Indian journal of veterinary science and animal husbandry - Volumes 18-21, 1948-1951
Year: 1948
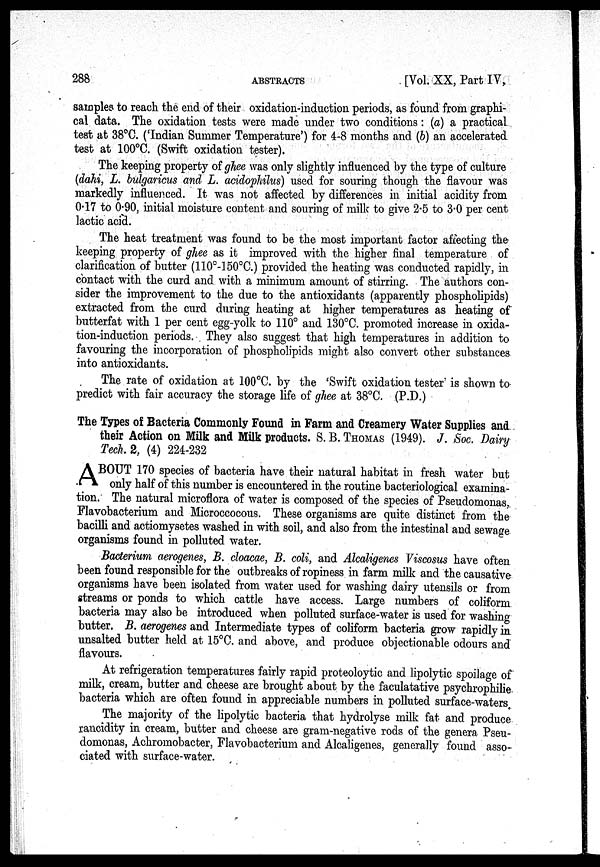
288
ABSTRACTS
[Vol. XX, Part IV,
samples to reach the end of their oxidation-induction periods, as found from graphi-
cal data. The oxidation tests were made under two conditions: (a) a practical
test at 38ºC. ('Indian Summer Temperature') for 4-8 months and (b) an accelerated
test at 100ºC. (Swift oxidation tester).
The keeping property of ghee was only slightly influenced by the type of culture
(dahi, L. bulgaricus and L. acidophilus) used for souring though the flavour was
markedly influenced. It was not affected by differences in initial acidity from
0.17 to 0.90, initial moisture content and souring of milk to give 2.5 to 3.0 per cent
lactic acid.
The heat treatment was found to be the most important factor affecting the
keeping property of ghee as it improved with the higher final temperature of
clarification of butter (110º-150ºC.) provided the heating was conducted rapidly, in
contact with the curd and with a minimum amount of stirring. The authors con-
sider the improvement to the due to the antioxidants (apparently phospholipids)
extracted from the curd during heating at higher temperatures as heating of
butterfat with 1 per cent egg-yolk to 110º and 130ºC. promoted increase in oxida-
tion-induction periods. They also suggest that high temperatures in addition to
favouring the incorporation of phospholipids might also convert other substances
into antioxidants.
The rate of oxidation at 100ºC. by the 'Swift oxidation tester' is shown to
predict with fair accuracy the storage life of ghee at 38ºC. (P.D.)
The Types of Bacteria Commonly Found in Farm and Creamery Water Supplies and
their Action on Milk and Milk products. S. B. THOMAS (1949). J. Soc. Dairy
Tech. 2, (4) 224-232
A BOUT 170 species of bacteria have their natural habitat in fresh water but
only half of this number is encountered in the routine bacteriological examina-
tion. The natural microflora of water is composed of the species of Pseudomonas,
Flavobacterium and Microccocous. These organisms are quite distinct from the
bacilli and actiomysetes washed in with soil, and also from the intestinal and sewage
organisms found in polluted water.
Bacterium aerogenes, B. cloacae, B. coli, and Alcaligenes Viscosus have often
been found responsible for the outbreaks of ropiness in farm milk and the causative
organisms have been isolated from water used for washing dairy utensils or from
streams or ponds to which cattle have access. Large numbers of coliform
bacteria may also be introduced when polluted surface-water is used for washing
butter. B. aerogenes and Intermediate types of coliform bacteria grow rapidly in
unsalted butter held at 15ºC. and above, and produce objectionable odours and
flavours.
At refrigeration temperatures fairly rapid proteoloytic and lipolytic spoilage of
milk, cream, butter and cheese are brought about by the faculatative psychrophilie
bacteria which are often found in appreciable numbers in polluted surface-waters.
The majority of the lipolytic bacteria that hydrolyse milk fat and produce
rancidity in cream, butter and cheese are gram-negative rods of the genera Pseu-
domonas, Achromobacter, Flavobacterium and Alcaligenes, generally found asso-
ciated with surface-water.